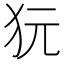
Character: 𤝌